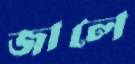
জালে